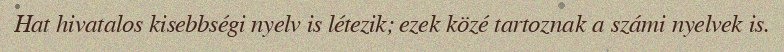
Hat hivatalos kisebbségi nyelv is létezik; ezek közé tartoznak a számi nyelvek is.